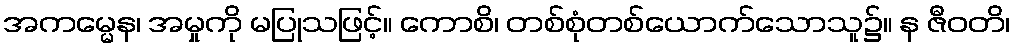
အကမ္မေန၊ အမှုကို မပြုသဖြင့်။ ကောစိ၊ တစ်စုံတစ်ယောက်သောသူ၌။ န ဇီဝတိ၊